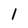
Character: 1